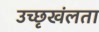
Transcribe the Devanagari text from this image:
उच्छृखंलता